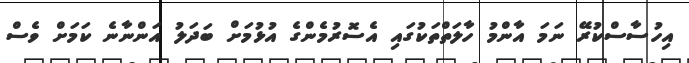
އިހުސާސްކުރޭ ނަމަ އާންމު ހާލަތްތަކުގައި އެސޮރުމެންގެ އުޅުމަށް ބަދަލު އަންނާނެ ކަމަށް ވެސް